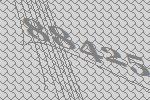
88425